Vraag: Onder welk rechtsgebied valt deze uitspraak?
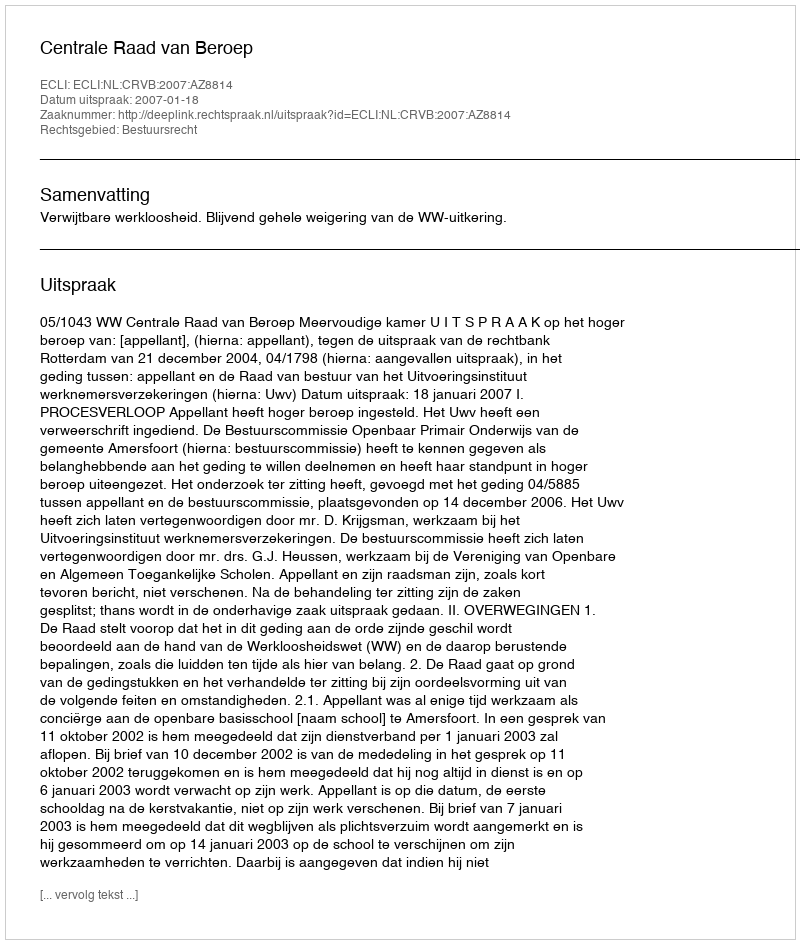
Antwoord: Bestuursrecht